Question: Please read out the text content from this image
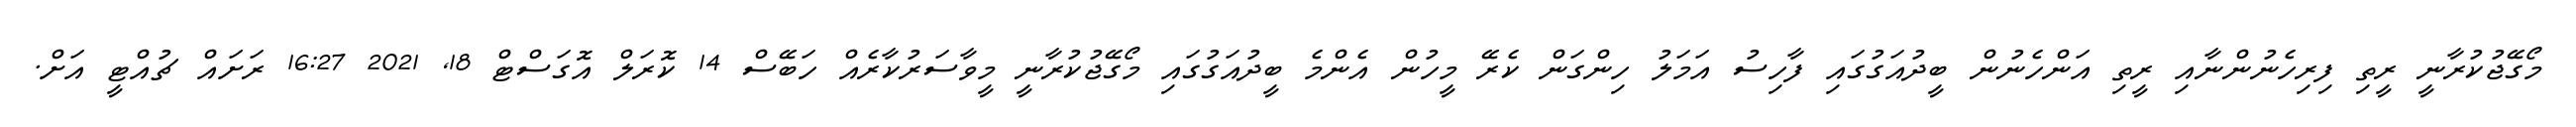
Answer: މޯގޭޖުކުރާނީ ރީތި ފިރިހެނުންނާއި ރީތި އަންހެނުން ބީދުއަގުގައި ފާހިސު އަމަލު ހިންގަން ކެރޭ މީހުން އެންމެ ބީދުއަގުގައި މޯގޭޖުކުރާނީ މީވާސަރުކާރެއް ހަބޭސް 14 ކޮރަލް އޮގަސްޓް 18, 2021 16:27 ރަށައް ޗުއްޓީ އަށް.